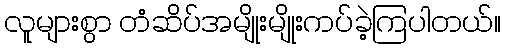
လူများစွာ တံဆိပ်အမျိုးမျိုးကပ်ခဲ့ကြပါတယ်။